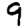
Digit: 9